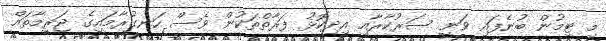
މި ޓީމުން ބުނެފައި ވަނީ ސަރުކާރާއި އިދިކޮޅު ފަރާތްތަކުން ވެސް ހަނގުރާމައިގެ ޖަރީމާތައް